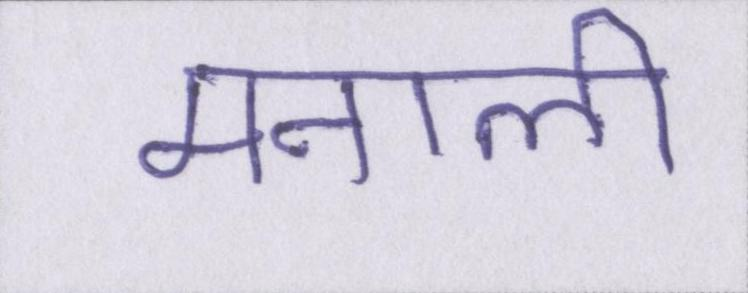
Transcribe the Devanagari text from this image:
मनाली